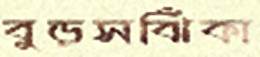
বুড়সঝিঁকা